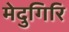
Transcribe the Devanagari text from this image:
मेदुगिरि